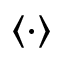
\langle \cdot \rangle